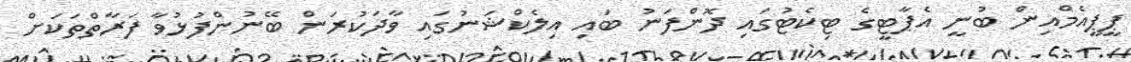
ޕީޕީއެމްއިން ބުނީ އެޕާޓީގެ ޓިކެޓުގައި ދޮންފަނު ބައި އިލެކްޝަނުގައި ވާދަކުރަން ބޭނުންފުޅުވާ ފަރާތްތަކަށް